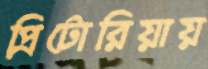
প্রিটোরিয়ায়